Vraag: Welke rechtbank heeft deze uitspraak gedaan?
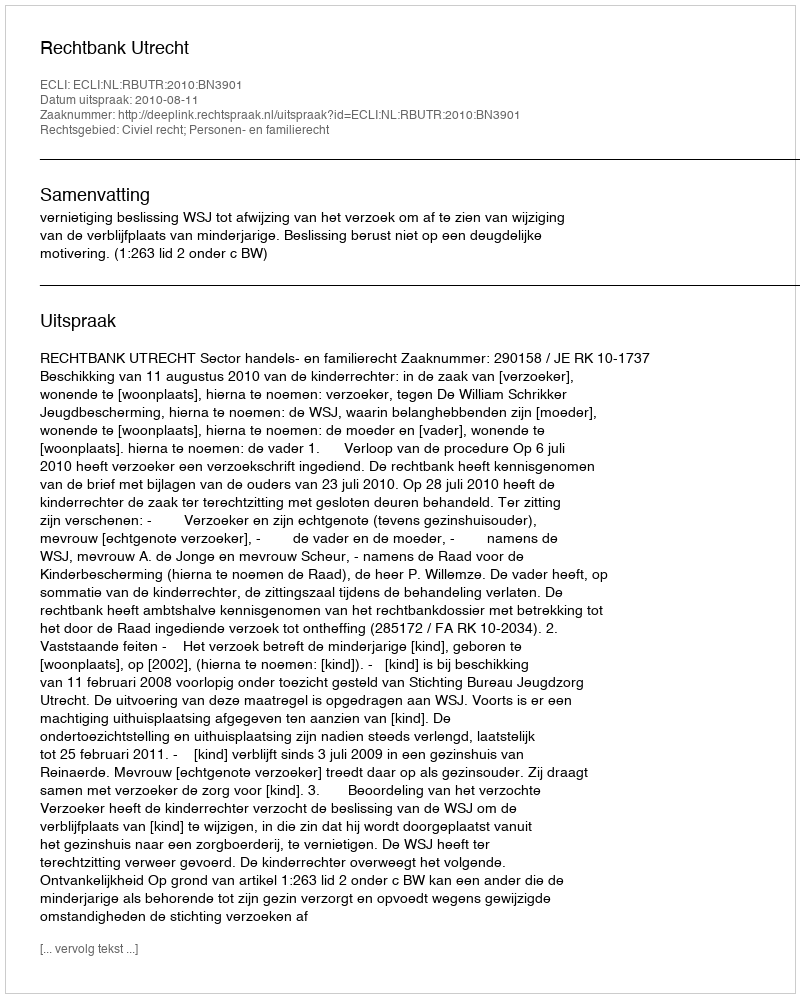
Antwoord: Rechtbank Utrecht